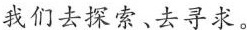
我们去探索、去寻求。